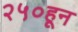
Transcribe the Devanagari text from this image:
२५०हून